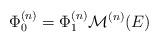
LaTeX: \begin{align*}\Phi^{(n)}_{0} =\Phi^{(n)}_{1}{\cal M}^{(n)}(E) \end{align*}